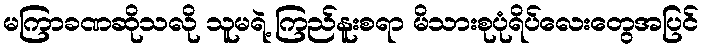
မကြာခဏဆိုသလို သူမရဲ့ ကြည်နူးစရာ မိသားစုပုံရိပ်လေးတွေအပြင်